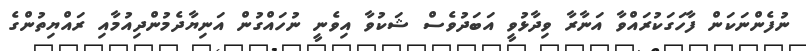
ނުފެންނަކަން ފާހަގަކުރައްވާ އަނާރާ ވިދާޅުވީ އަބަދުވެސް ޝަކުވާ އިވެނީ ނުހައްގުން އަނިޔާދެމުންދިއުމާއި ރައްޔިތުންގެ